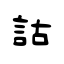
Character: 詁